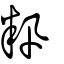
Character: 籸